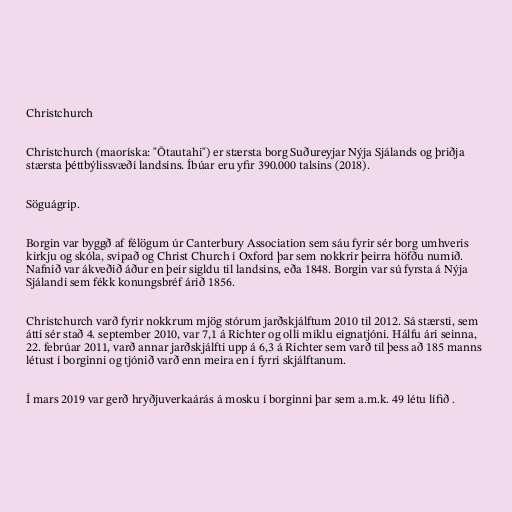
Christchurch

Christchurch (maoríska: "Ōtautahi") er stærsta borg Suðureyjar Nýja Sjálands og þriðja
stærsta þéttbýlissvæði landsins. Íbúar eru yfir 390.000 talsins (2018).

Söguágrip.

Borgin var byggð af félögum úr Canterbury Association sem sáu fyrir sér borg umhveris
kirkju og skóla, svipað og Christ Church í Oxford þar sem nokkrir þeirra höfðu numið.
Nafnið var ákveðið áður en þeir sigldu til landsins, eða 1848. Borgin var sú fyrsta á Nýja
Sjálandi sem fékk konungsbréf árið 1856.

Christchurch varð fyrir nokkrum mjög stórum jarðskjálftum 2010 til 2012. Sá stærsti, sem
átti sér stað 4. september 2010, var 7,1 á Richter og olli miklu eignatjóni. Hálfu ári seinna,
22. febrúar 2011, varð annar jarðskjálfti upp á 6,3 á Richter sem varð til þess að 185 manns
létust í borginni og tjónið varð enn meira en í fyrri skjálftanum.

Í mars 2019 var gerð hryðjuverkaárás á mosku í borginni þar sem a.m.k. 49 létu lífið .